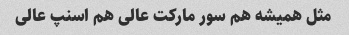
مثل همیشه هم سور مارکت عالی هم اسنپ عالی